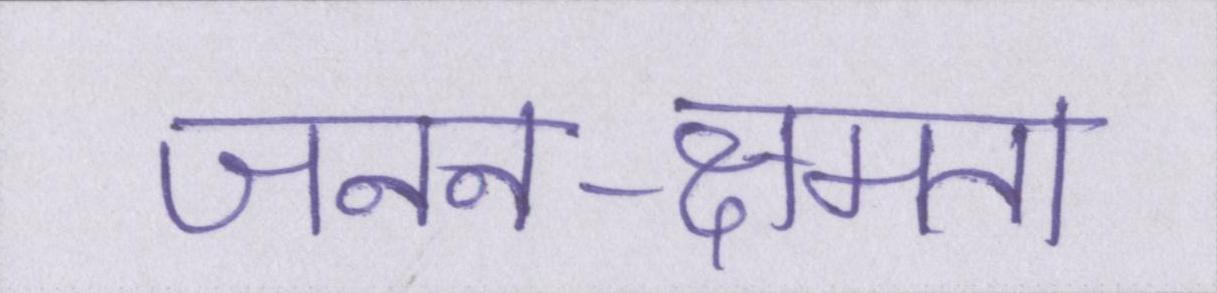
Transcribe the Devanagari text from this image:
जनन-क्षमता